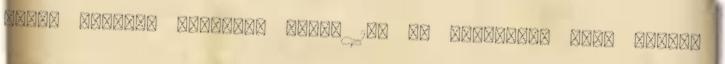
durva léleké, elfajzás jele. 10. r. Merőleges száj mindig